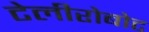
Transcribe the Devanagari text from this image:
टेलीरोबोट